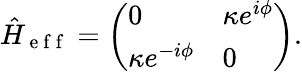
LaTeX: \hat{H}_{\mathrm{~e~f~f~}}=\left(\begin{array}{ll}{0}&{\kappa e^{i\phi}}\\ {\kappa e^{-i\phi}}&{0}\end{array}\right).